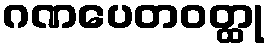
ဂဏပေတဝတ္ထု